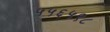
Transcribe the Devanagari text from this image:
५५६५९८